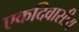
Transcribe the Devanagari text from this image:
एकदिवासीय